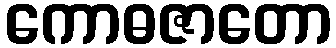
ကောဓဇာတော